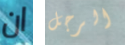
ان الرجل